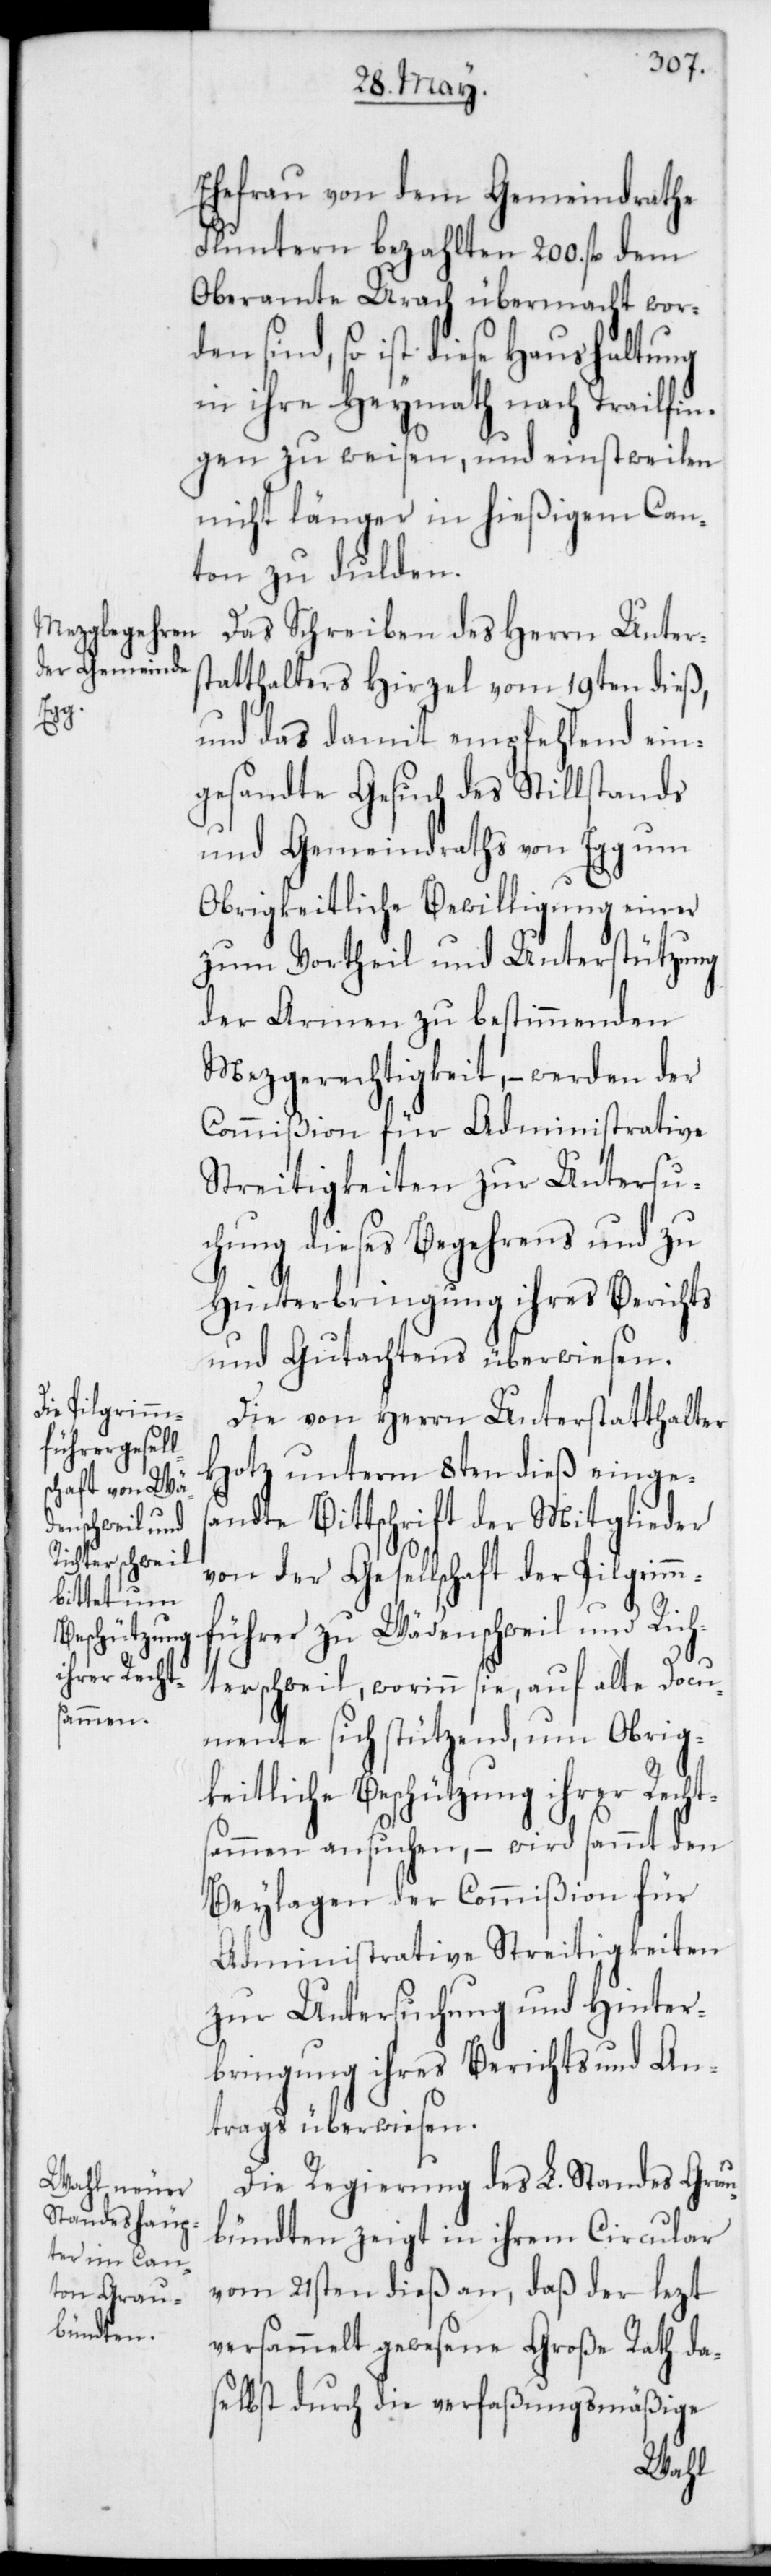
Ehefrau von dem Gemeindrate
Fluntern bezahlten 200. fl. dem
Oberamte Urach übermacht wor¬
den sind, so ist diese Haushaltung
in ihre Heymath nach Trailfin¬
gen zu weisen, und einstweilen
nicht länger in hießigem Can¬
ton zu dulden.
Das Schreiben des Herrn Unter¬
statthalters Hirzel vom 19ten dieß,
s¬
und das damit empfehlend ein¬
gesandte Gesuch des Stillstands
und Gemeindraths von Egg um
Obrigkeitliche Bewilligung einer
zum Vortheil und Unterstützung
der Armen zu bestimmenden
Mezggerechtigkeit, – werden der
Commißion für Administrative
Streitigkeiten zur Untersu¬
chung dieses Begehrens und zu
Hinterbringung ihres Berichts
und Gutachtens überwiesen.
Die von Herrn Unterstatthalter
Hotz unterm 8ten dieß einge¬
andte Bittschrift der Mitglieder
von der Gesellschaft der Pilgrimm¬
führer zu Wädenschweil und Rich¬
terschweil, worinn sie, auf alte Docu¬
mente sich stützend, um Obrig¬
keitliche Beschützung ihrer Recht¬
sammen ansuchen, – wird sammt den
Beylagen der Commißion für
Administrative Streitigkeiten
zur Untersuchung und Hinter¬
bringung ihres Berichts und An¬
trags überwiesen.
Die Regierung des L. Standes Grau¬
bündten zeigt in ihrem Circular
vom 21sten dieß an, daß der lezt
versammelt gewesene Große Rath das¬
elbst durch die verfaßungsmäßige